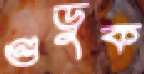
গুড়ুক